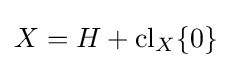
X=H+\operatorname {cl} _{X}\{0\}